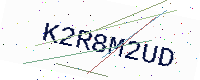
Text: K2R8M2UD